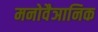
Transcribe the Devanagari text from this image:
मनोवैञानिक